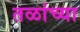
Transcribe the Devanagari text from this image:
तळांच्या